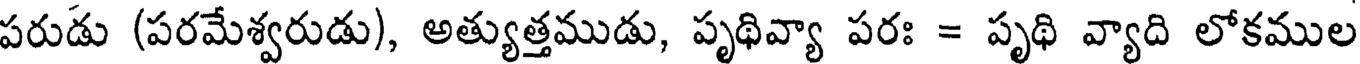
పరుడు (పరమేశ్వరుడు), అత్యుత్తముడు, పృథివ్యా పరః = పృథి వ్యాది లోకముల